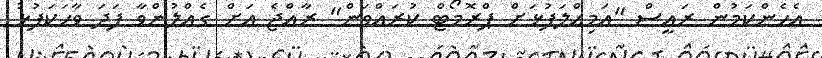
އެހެންކަމުން ރައީސް "އަމިއްލަފުޅަށް ޕްރޮމޯޓް ކުރައްވަން" ރާއްޖެ އަށް ގެއްލުންވާ ފަދަ ވާހަކަފުޅު